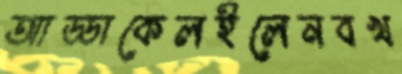
আড্ডাকেলইলেনবখ